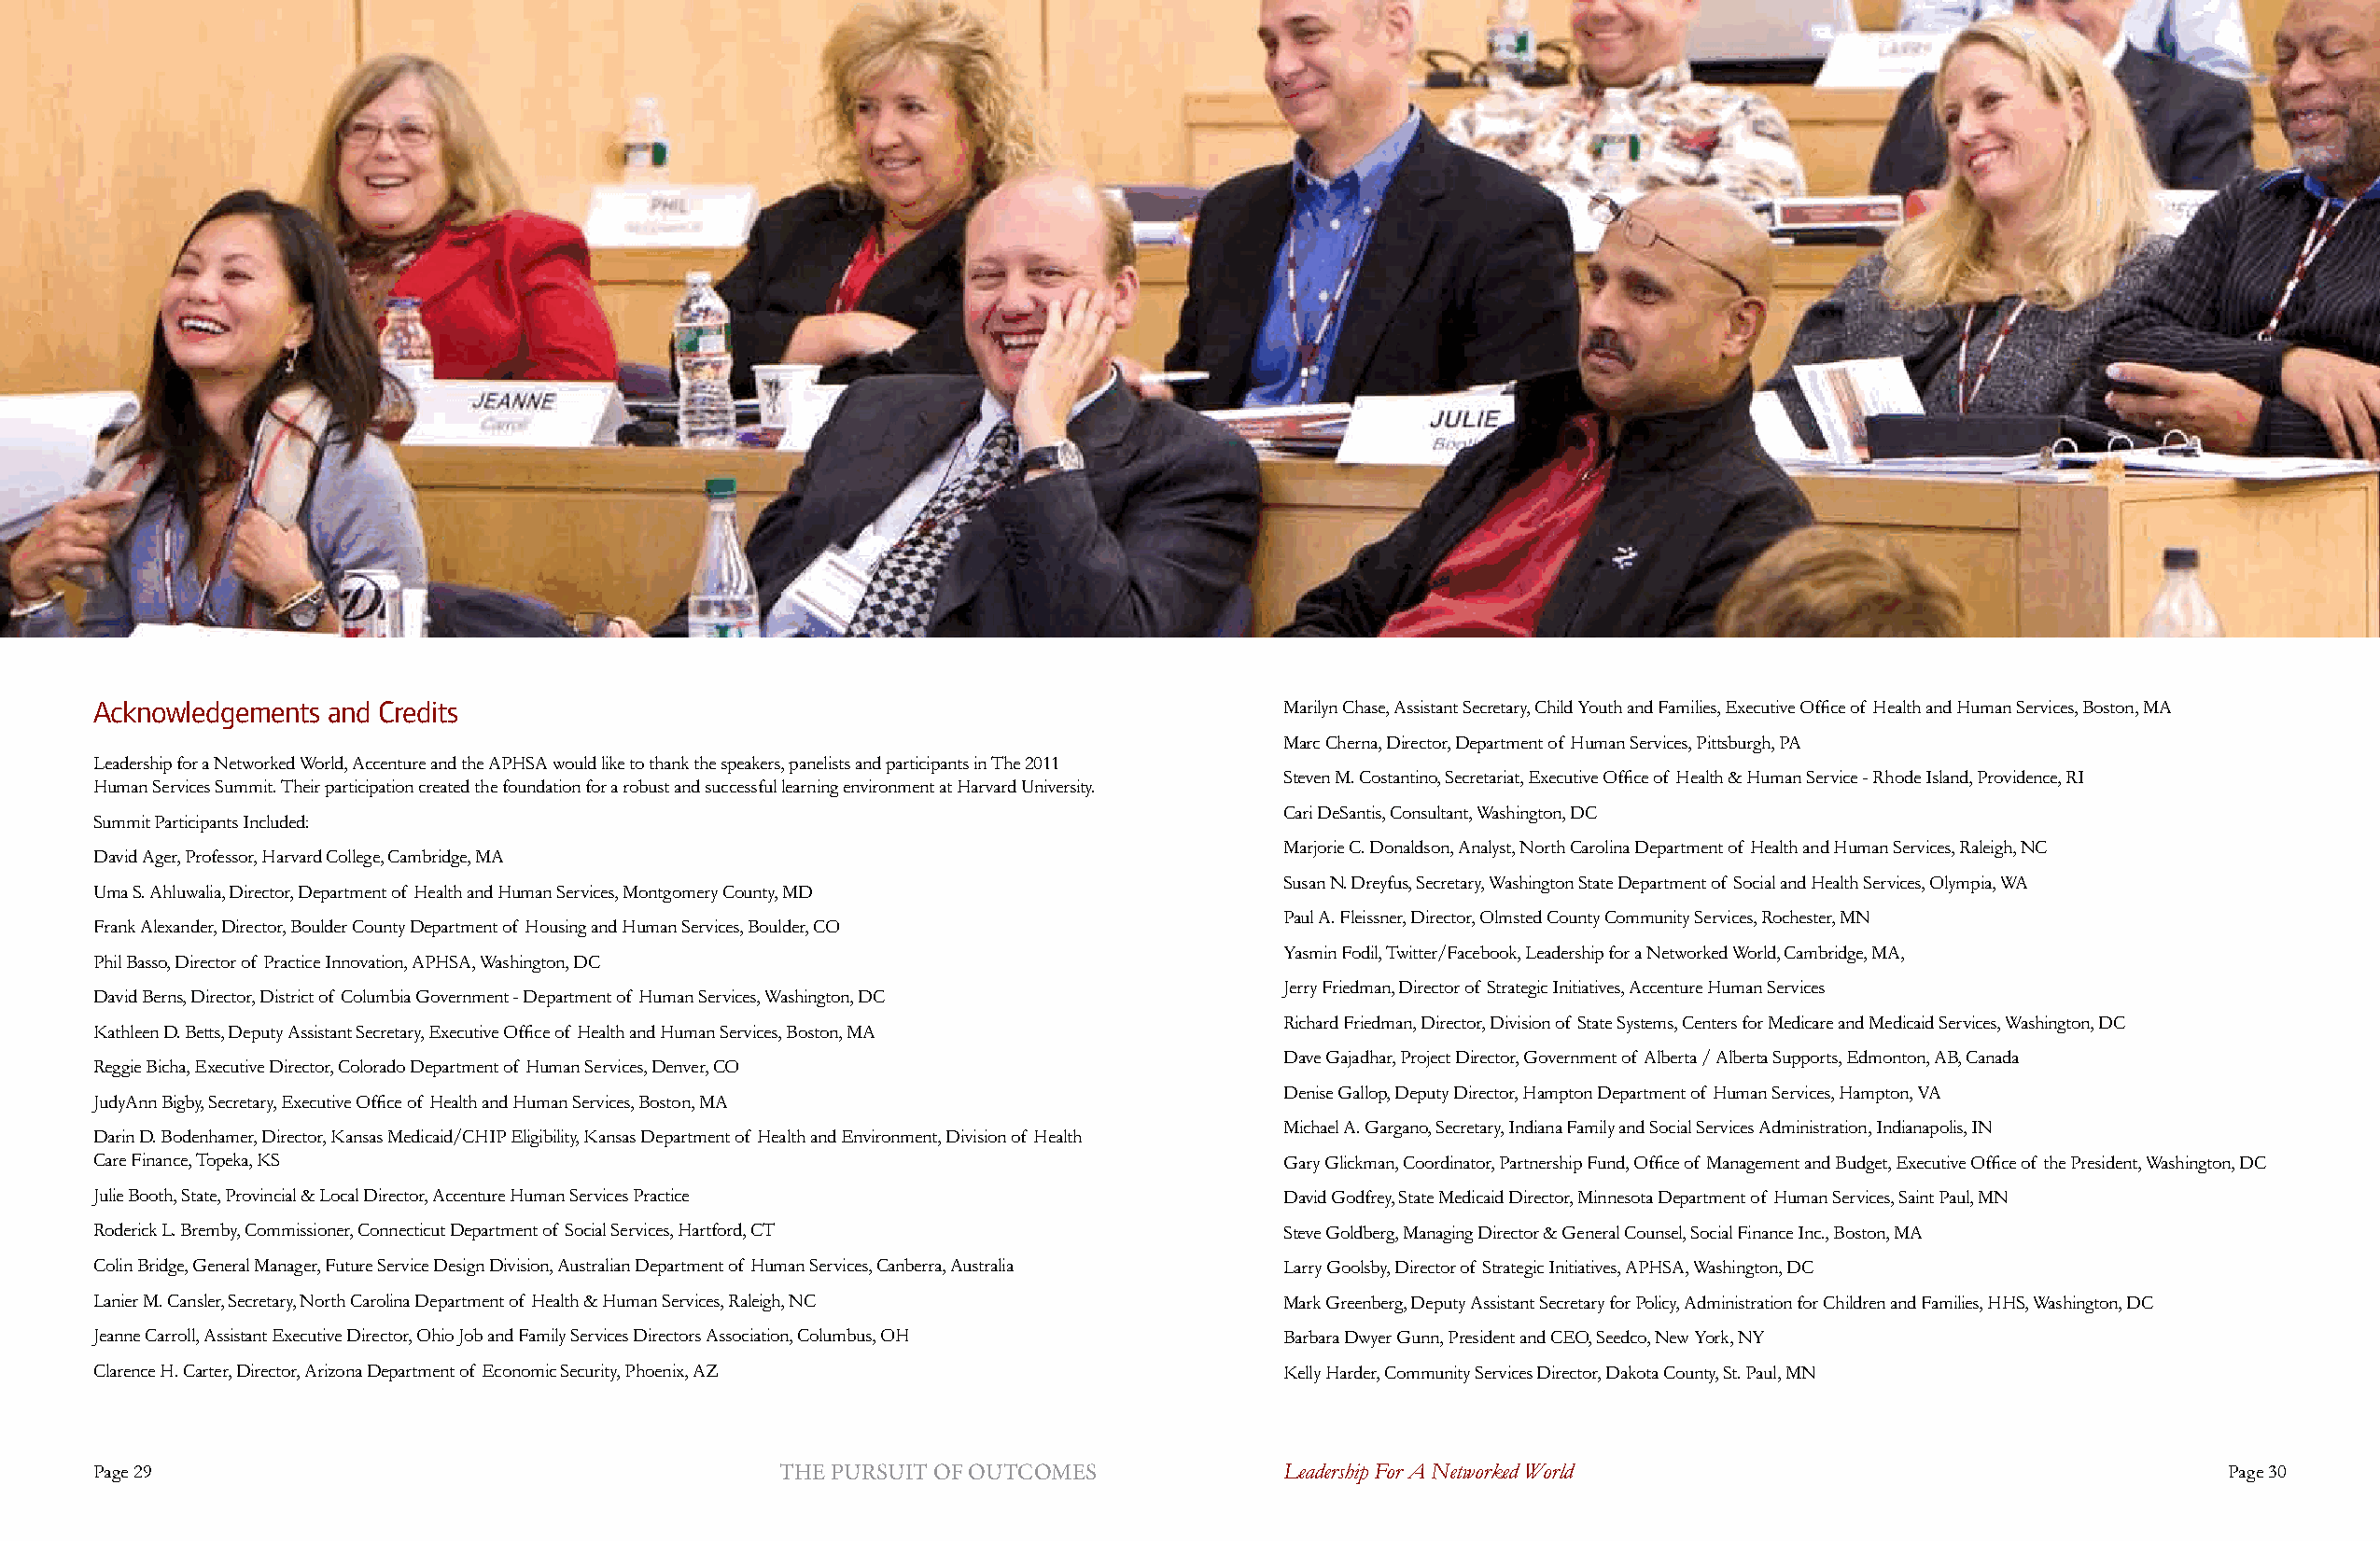
Acknowledgements and Credits                                                        Marilyn Chase, Assistant Secretary, Child Youth and Families, Executive Office of Health and Human Services, Boston, MA
 marc cherna, director, department of human Services, pittsburgh, pA
 Leadership for a Networked World, Accenture and the APHSA would like to thank the speakers, panelists and participants in The 2011
 Steven M. Costantino, Secretariat, Executive Office of Health & Human Service - Rhode Island, Providence, RI
 human Services Summit. their participation created the foundation for a robust and successful learning environment at harvard university.
 Cari DeSantis, Consultant, Washington, DC
 Summit participants included:
 marjorie c. donaldson, Analyst, north carolina department of health and human Services, Raleigh, nc
 david Ager, professor, harvard college, cambridge, mA
 Susan N. Dreyfus, Secretary, Washington State Department of Social and Health Services, Olympia, WA
 uma S. Ahluwalia, director, department of health and human Services, montgomery county, md
 paul A. fleissner, director, olmsted county community Services, Rochester, mn
 frank Alexander, director, Boulder county department of housing and human Services, Boulder, co
 Yasmin Fodil, Twitter/Facebook, Leadership for a Networked World, Cambridge, MA,
 Phil Basso, Director of Practice Innovation, APHSA, Washington, DC
 Jerry Friedman, Director of Strategic Initiatives, Accenture Human Services
 David Berns, Director, District of Columbia Government - Department of Human Services, Washington, DC
 Richard Friedman, Director, Division of State Systems, Centers for Medicare and Medicaid Services, Washington, DC
 Kathleen D. Betts, Deputy Assistant Secretary, Executive Office of Health and Human Services, Boston, MA
 dave Gajadhar, project director, Government of Alberta / Alberta Supports, edmonton, AB, canada
 Reggie Bicha, executive director, colorado department of human Services, denver, co
 denise Gallop, deputy director, hampton department of human Services, hampton, vA
 JudyAnn Bigby, Secretary, Executive Office of Health and Human Services, Boston, MA
 michael A. Gargano, Secretary, indiana family and Social Services Administration, indianapolis, in
 Darin D. Bodenhamer, Director, Kansas Medicaid/CHIP Eligibility, Kansas Department of Health and Environment, Division of Health
 Care Finance, Topeka, KS                                                            Gary Glickman, Coordinator, Partnership Fund, Office of Management and Budget, Executive Office of the President, Washington, DC
 Julie Booth, State, Provincial & Local Director, Accenture Human Services Practice  david Godfrey, State medicaid director, minnesota department of human Services, Saint paul, mn
 Roderick L. Bremby, commissioner, connecticut department of Social Services, hartford, ct Steve Goldberg, Managing Director & General Counsel, Social Finance Inc., Boston, MA
 colin Bridge, General manager, future Service design division, Australian department of human Services, canberra, Australia Larry Goolsby, Director of Strategic Initiatives, APHSA, Washington, DC
 Lanier M. Cansler, Secretary, North Carolina Department of Health & Human Services, Raleigh, NC Mark Greenberg, Deputy Assistant Secretary for Policy, Administration for Children and Families, HHS, Washington, DC
 Jeanne Carroll, Assistant Executive Director, Ohio Job and Family Services Directors Association, Columbus, OH Barbara dwyer Gunn, president and ceo, Seedco, new york, ny
 clarence h. carter, director, Arizona department of economic Security, phoenix, Az  Kelly Harder, Community Services Director, Dakota County, St. Paul, MN
 page 29                                         The pursuiT of ouTcomes             Leadership For A Networked World                                   page 30